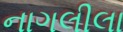
નાગલીલા